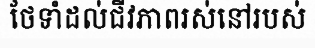
ថែទាំដល់ជីវភាពរស់នៅរបស់